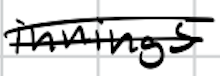
Text: innings
Cross-out: double-line
Writing tool: digital_black